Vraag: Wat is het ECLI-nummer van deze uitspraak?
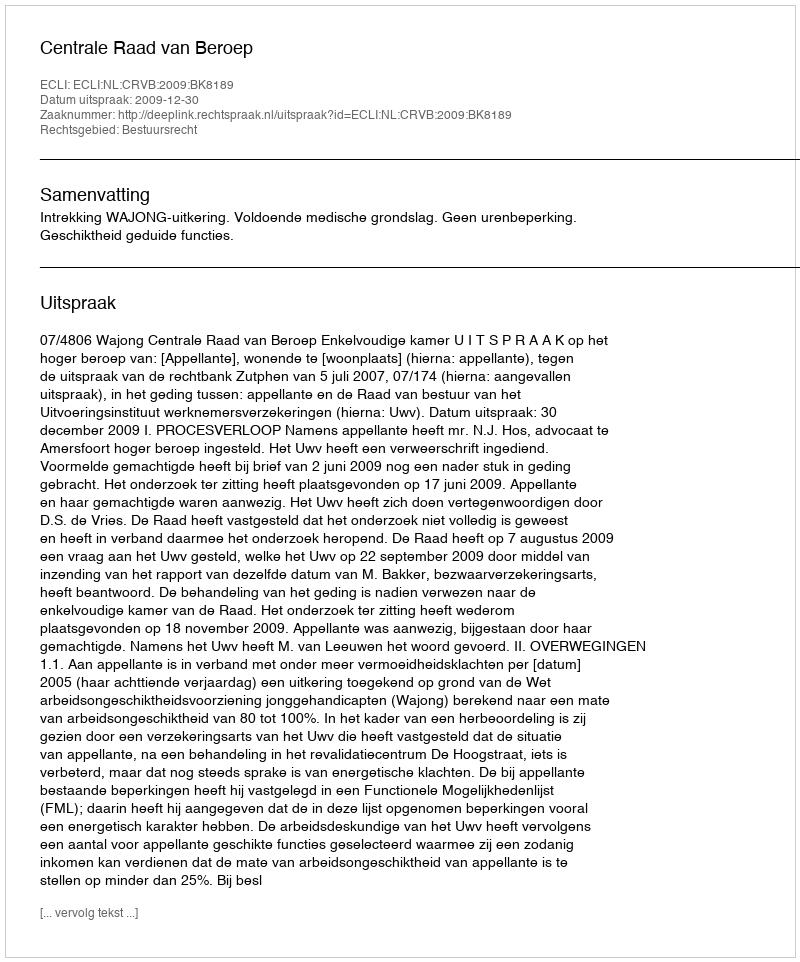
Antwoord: ECLI:NL:CRVB:2009:BK8189